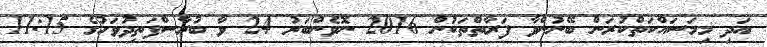
އަދި މިމަސައްކަތްކުރަން ބޭނުންވާ ފަރާތްތަކުން 2016 ނޮވެންބަރު 24 ވާ ބުރާސްފަތިދުވަހުގެ 11:15